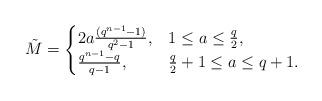
LaTeX: \begin{align*}\tilde{M}=\begin{cases}2a\frac{(q^{n-1}-1)}{q^2-1}, & 1 \leq a \leq \frac{q}{2},\\\frac{q^{n-1}-q}{q-1}, & \frac{q}{2}+1 \leq a \leq q+1.\end{cases}\end{align*}